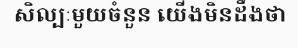
សិល្បៈមួយចំនួន យើងមិនដឹងថា